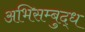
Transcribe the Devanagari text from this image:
अभिसम्बुद्ध